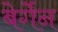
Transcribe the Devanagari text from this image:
बेर्गेन